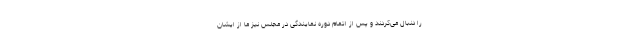
را دنبال می‌کردند و پس از اتمام دوره نمایندگی در مجلس نیز ما از ایشان